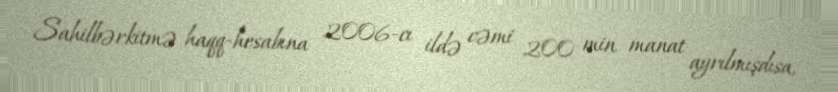
Sahilbərkitmə haqq-hesabına 2006-cı ildə cəmi 200 min manat ayrılmışdısa,